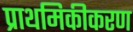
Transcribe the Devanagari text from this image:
प्राथमिकीकरण